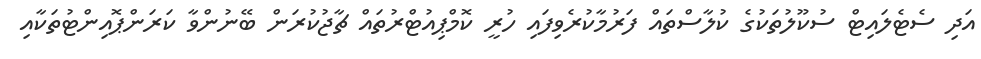
އަދި ސެޓެލައިޓް ސުކޫލުތަކުގެ ކުލާސްތައް ފަރުމާކުރެވިފައި ހުރީ ކޮމްޕިއުޓްރުތައް ޗާޖުކުރަން ބޭނުންވާ ކަރަންޕޮއިންޓުތަކާއި